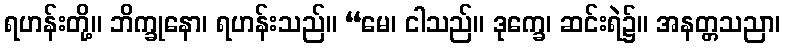
ရဟန်းတို့။ ဘိက္ခုနော၊ ရဟန်းသည်။ “မေ၊ ငါသည်။ ဒုက္ခေ၊ ဆင်းရဲ၌။ အနတ္တသညာ၊